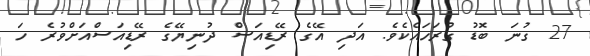
27 ގުނަ ބޮޑު ގުރަހައެކެވެ. އަދި އޭގެ ރޭޑިއަސް ދުނިޔޭގެ ރޭޑިއަސްއަށްވުރެ ހަ